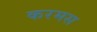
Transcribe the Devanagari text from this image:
करमस